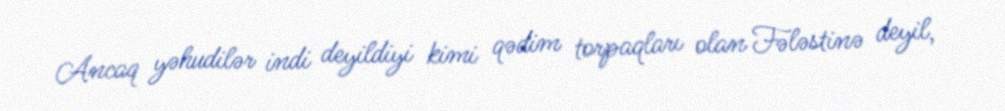
Ancaq yəhudilər indi deyildiyi kimi qədim torpaqları olan Fələstinə deyil,